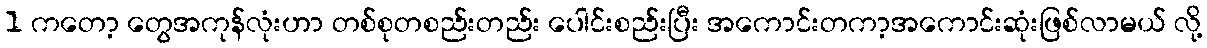
1 ကတော့ တွေအကုန်လုံးဟာ တစ်စုတစည်းတည်း ပေါင်းစည်းပြီး အကောင်းတကာ့အကောင်းဆုံးဖြစ်လာမယ် လို့